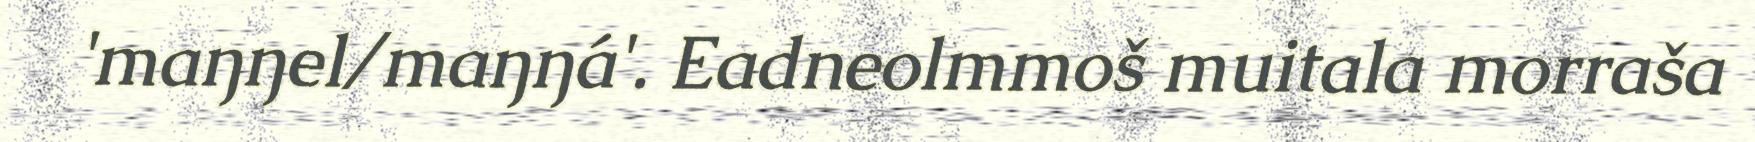
'maŋŋel/maŋŋá'. Eadneolmmoš muitala morraša